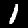
Digit: 1